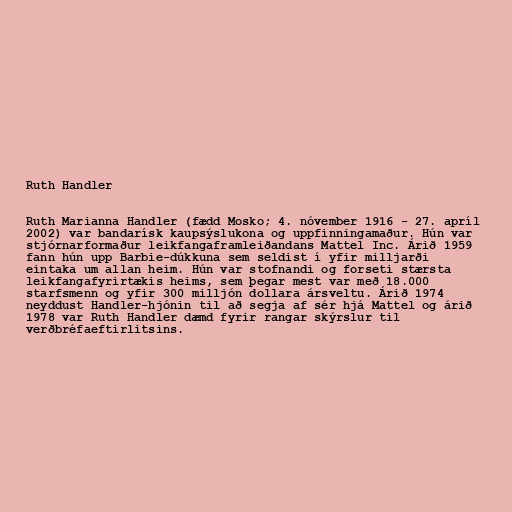
Ruth Handler

Ruth Marianna Handler (fædd Mosko; 4. nóvember 1916 - 27. apríl
2002) var bandarísk kaupsýslukona og uppfinningamaður. Hún var
stjórnarformaður leikfangaframleiðandans Mattel Inc. Árið 1959
fann hún upp Barbie-dúkkuna sem seldist í yfir milljarði
eintaka um allan heim. Hún var stofnandi og forseti stærsta
leikfangafyrirtækis heims, sem þegar mest var með 18.000
starfsmenn og yfir 300 milljón dollara ársveltu. Árið 1974
neyddust Handler-hjónin til að segja af sér hjá Mattel og árið
1978 var Ruth Handler dæmd fyrir rangar skýrslur til
verðbréfaeftirlitsins.